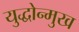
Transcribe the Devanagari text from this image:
युद्धोन्मुख